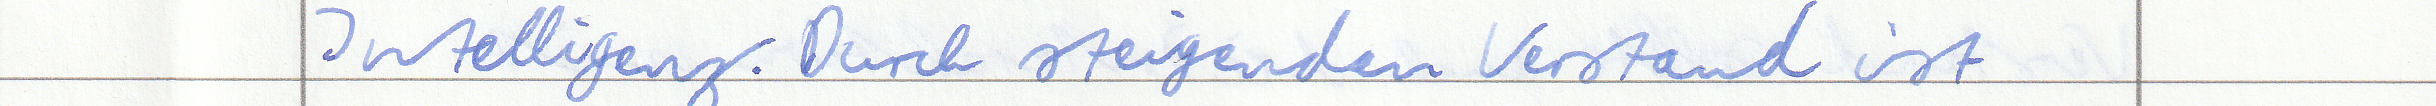
Intelligenz. Durch steigenden Verstand ist